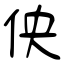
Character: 佒